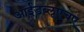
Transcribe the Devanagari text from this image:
आईडब्लूएचए